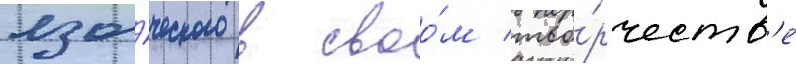
язы́ческого в своо́м тво́рчеств'е